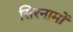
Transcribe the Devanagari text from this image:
सिरनामों